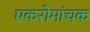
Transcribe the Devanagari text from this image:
एकरोमांचक